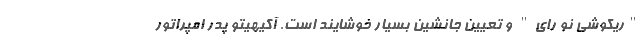
"ریکوشی نو رای" و تعیین جانشین بسیار خوشایند است. آکیهیتو پدر امپراتور